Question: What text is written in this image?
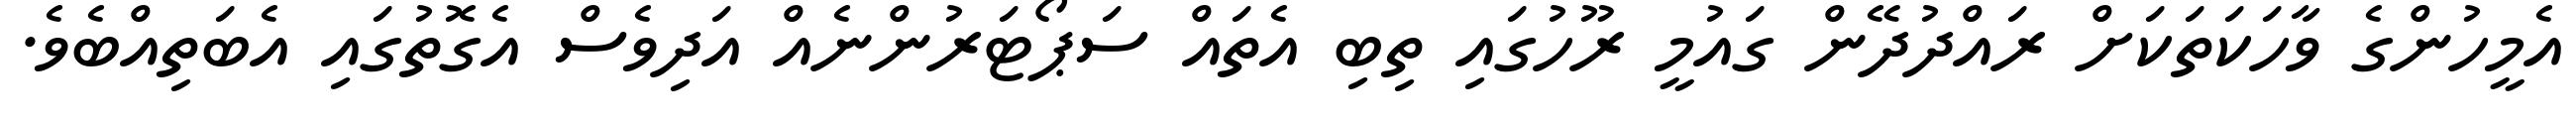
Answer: އެމީހުންގެ ވާހަކަތަކަށް ރައްދުދޭން ގައުމީ ރޫހުގައި ތިބި އެތައް ސަޕޯޓަރުންނެއް އަދިވެސް އެގޮތުގައި އެބަތިއްބެވެ.